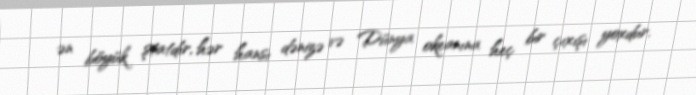
ən böyük ştatdır, hər hansı dənizə və Dünya okeanına heç bir çıxışı yoxdur.